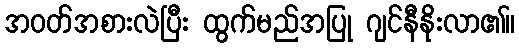
အဝတ်အစားလဲပြီး ထွက်မည်အပြု ဂျင်နီနိုးလာ၏။